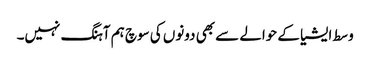
وسط ایشیا کے حوالے سے بھی دونوں کی سوچ ہم آہنگ نہیں۔